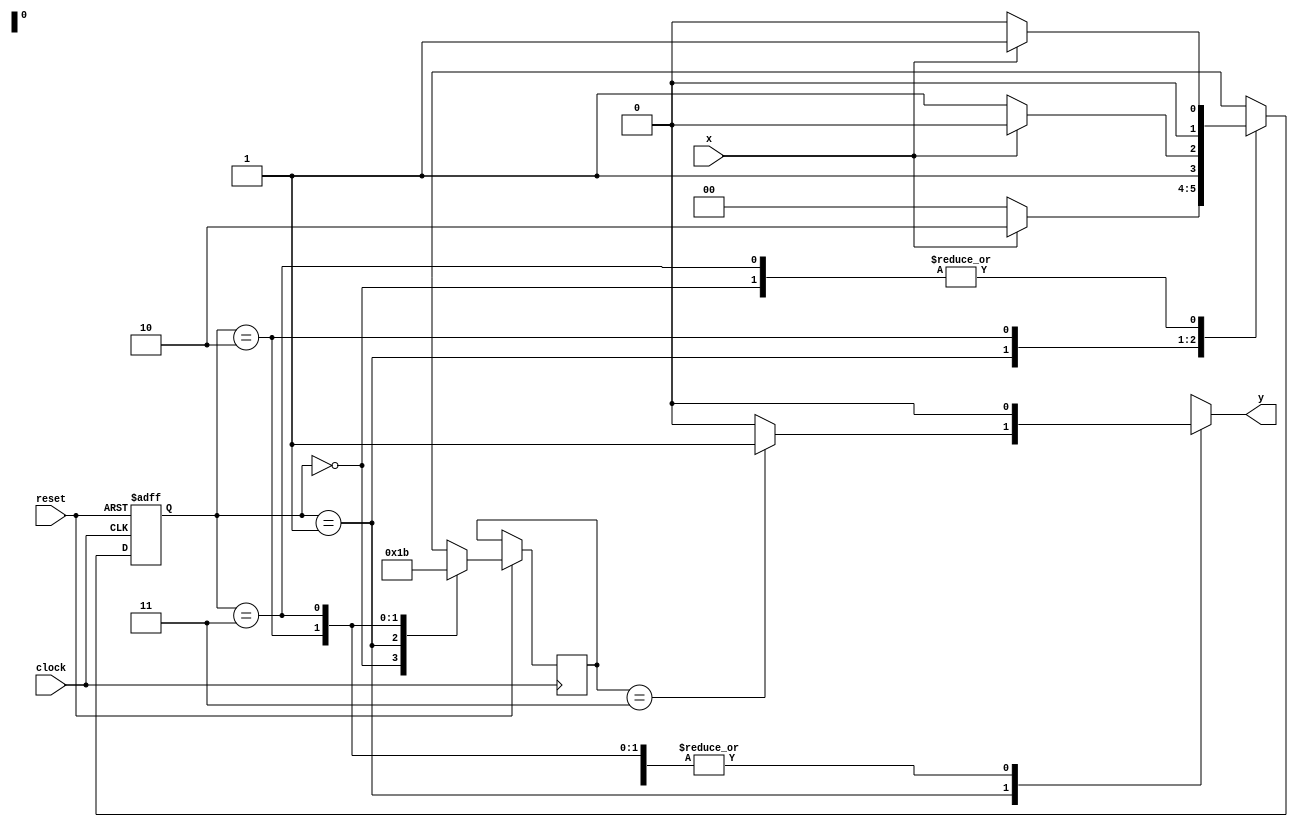
module maquina_de_estados_detetor_de_padroes
	(output reg y,
		input clock, x, reset);

	reg [1:0] estado_atual, estado_anterior;
	parameter S0 = 0, S1 = 1, S2 = 2, S3 = 3;

	always @* begin
		case (estado_atual)
			S0:
				y = 0;
			S1:
				if (estado_anterior == S3)
					y = 1;
				else
					y = 0;
			S2:
				y = 0;
			S3:
				y = 0;
		endcase
	end

	always @(posedge clock, negedge reset) begin
		if (~reset)
			estado_atual <= S0;
		else begin
			case (estado_atual)
				S0: begin
					if (x == 0) begin
						estado_atual <= S0;
						estado_anterior <= S0;
					end else begin
						estado_atual <= S1;
						estado_anterior <= S0;
					end
				end
				S1: begin
					if (x == 0) begin
						estado_atual <= S0;
						estado_anterior <= S1;
					end else begin
						estado_atual <= S2;
						estado_anterior <= S1;
					end
				end
				S2: begin
					if (x == 0) begin
						estado_atual <= S3;
						estado_anterior <= S2;
					end else begin
						estado_atual <= S2;
						estado_anterior <= S2;
					end
				end
				S3: begin
					if (x == 0) begin
						estado_atual <= S0;
						estado_anterior <= S3;
					end else begin
						estado_atual <= S1;
						estado_anterior <= S3;
					end
				end
			endcase
		end
	end
endmodule